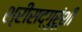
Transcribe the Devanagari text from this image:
श्रीसद्गुरूंशी